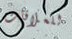
للعلاقات